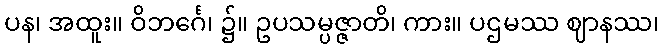
ပန၊ အထူး။ ဝိဘင်္ဂေ၊ ၌။ ဥပသမ္ပဇ္ဇာတိ၊ ကား။ ပဌမဿ ဈာနဿ၊